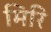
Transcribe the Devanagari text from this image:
मिरि